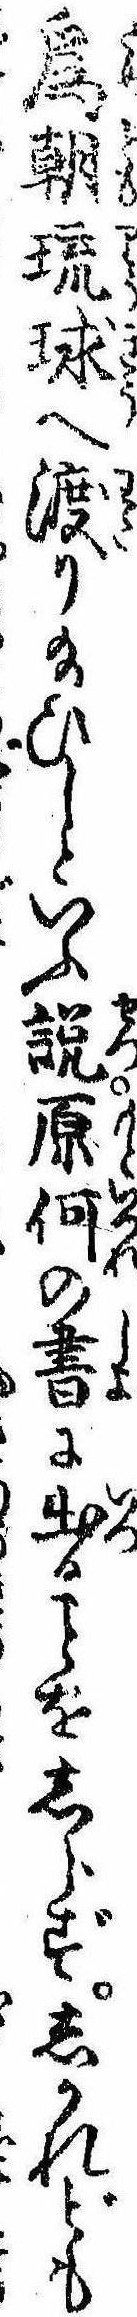
為朝琉球へ渡り給ひしといふ説原何の書に出るをしらずしかれども